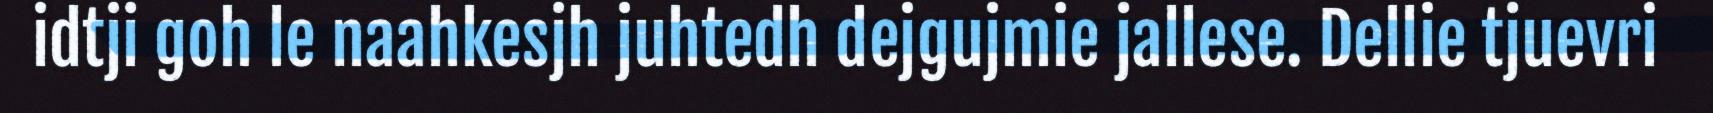
idtji goh le naahkesjh juhtedh dejgujmie jallese. Dellie tjuevri